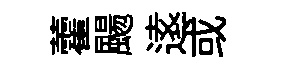
藿颺逺或